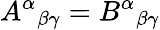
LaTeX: A^{\alpha}{}_{\beta\gamma}=B^{\alpha}{}_{\beta\gamma}